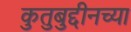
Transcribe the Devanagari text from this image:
कुतुबुद्दीनच्या